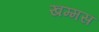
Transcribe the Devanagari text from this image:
खम्मस